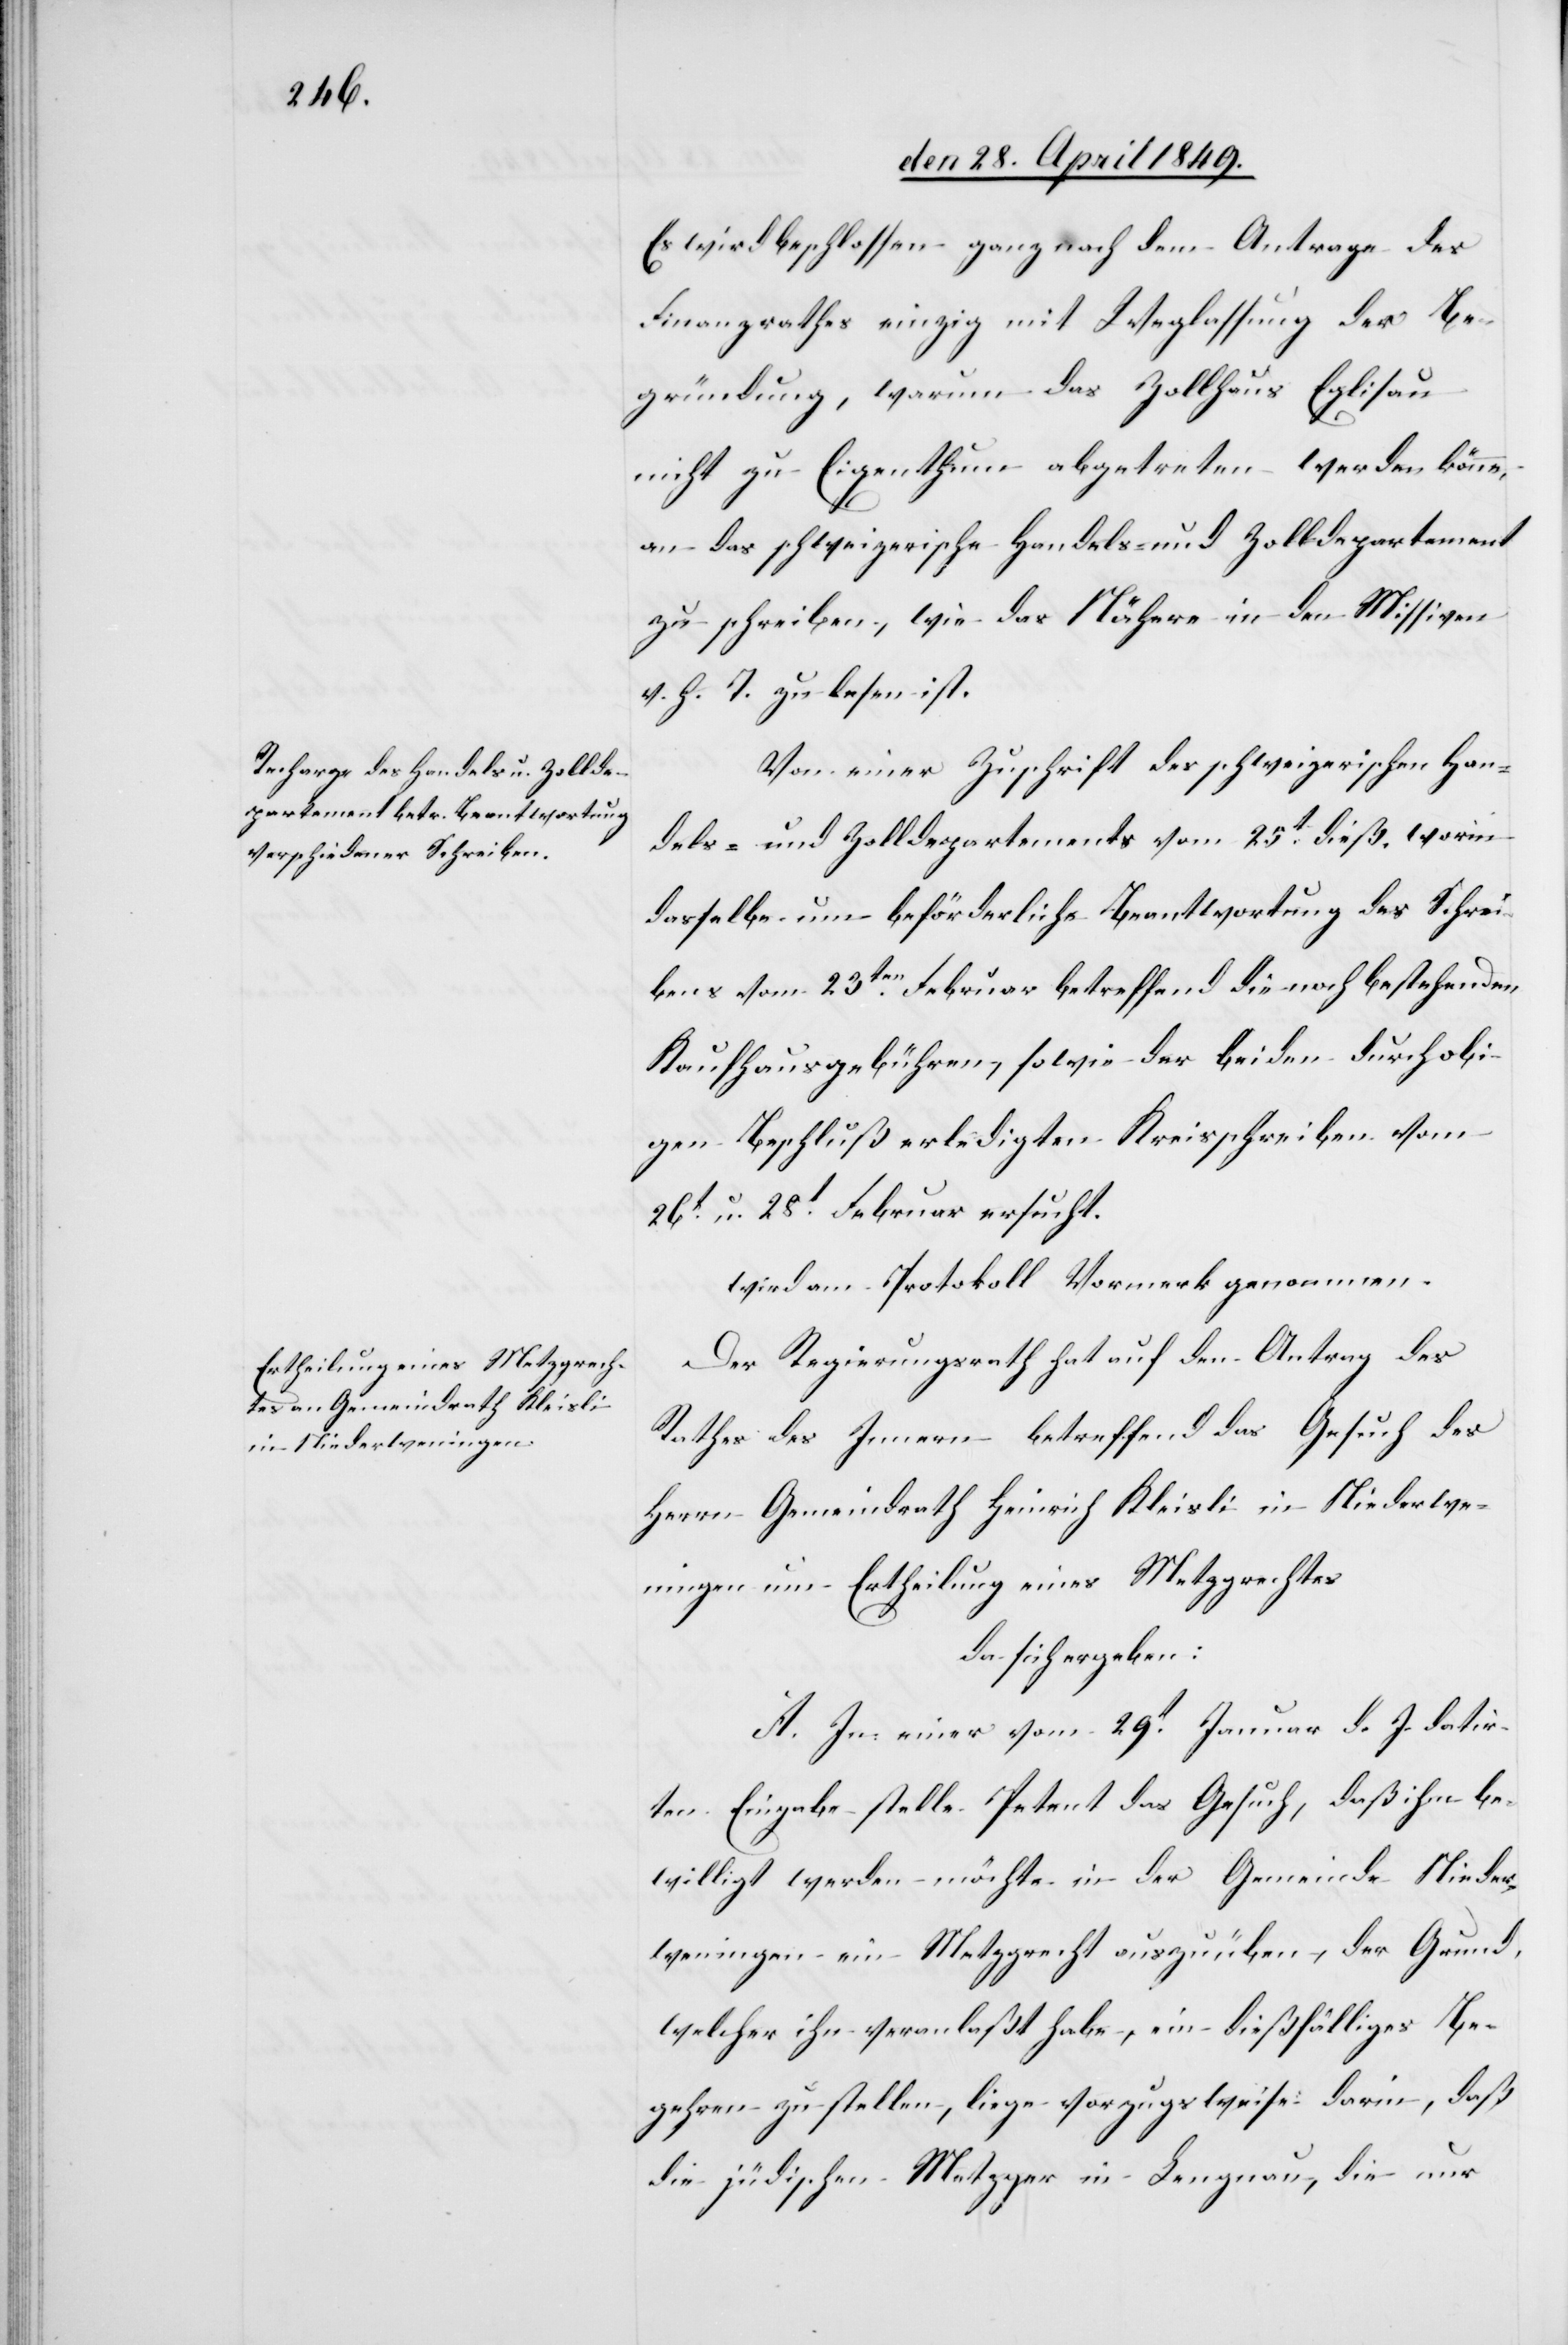
Es wird beschlossen – ganz nach dem Antrage des
Finanzrathes einzig mit Weglassung der Be¬
gründung, warum das Zollhaus Eglisau
nicht zu Eigenthum abgetreten werden könne,
an das schweizerische Handels- und Zolldepartement
zu schreiben, wie das Nähere in den Missiven
v. h. T. zu lesen ist.
Von einer Zuschrift des schweizerischen Han¬
dels- und Zolldepartements vom 25t dieß worin
dasselbe um beförderliche Beantwortung des Schrei¬
bens vom 23ten Februar betreffend die noch bestehenden
Kaufhausgebühren, sowie der beiden durch obi¬
gen Beschluß erledigten Kreisschreiben vom
26t u. 28t Februar ersucht.
wird am Protokoll Vormerk genommen.
Der Regierungsrath hat auf den Antrag des
Rathes des Innern betreffend das Gesuch des
Herrn Gemeindrath Heinrich Kleisli in Niederwe¬
ningen um Ertheilung eines Metzgrechtes
da sich ergeben:
A. In einer vom 29t Januar d. J. datir¬
ten Eingabe stelle Petent das Gesuch, daß ihm be¬
willigt werden möchte in der Gemeinde Nieder¬
weningen ein Metzgrecht auszuüben, der Grund,
welcher ihn veranlaßt habe, ein dießfälliges Be¬
gehren zu stellen, liege vorzugsweise darin, daß
die jüdischen Metzger in Lengnau, die nur